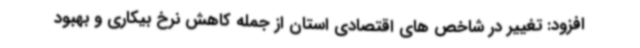
افزود: تغییر در شاخص های اقتصادی استان از جمله کاهش نرخ بیکاری و بهبود